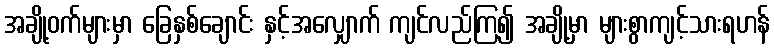
အချို့ဝက်များမှာ ခြေနှစ်ချောင်း နှင့်အလျှောက် ကျင်လည်ကြ၍ အချို့မှာ များစွာကျင့်သားရဟန်